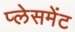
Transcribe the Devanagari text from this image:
प्‍लेसमेंट